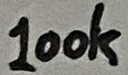
Text: 100k